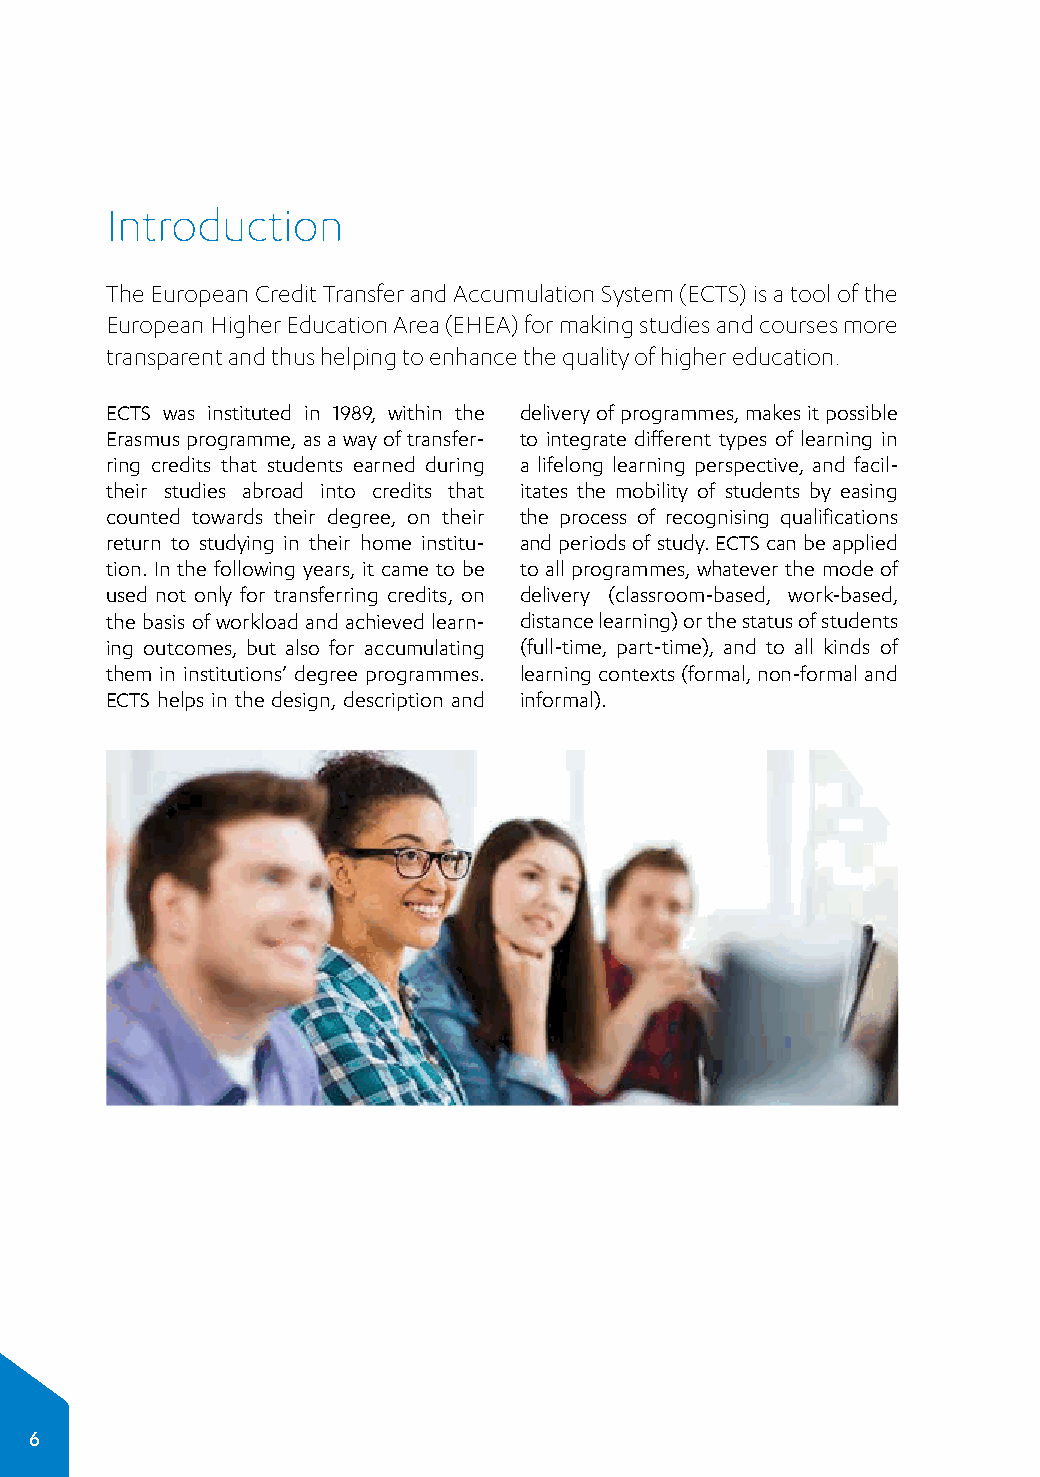
Introduction
 The European Credit Transfer and Accumulation System (ECTS) is a tool of the
 European Higher Education Area (EHEA) for making studies and courses more
 transparent and thus helping to enhance the quality of higher education.
 ECTS was instituted in 1989, within the delivery of programmes, makes it possible
 Erasmus programme, as a way of transfer­ to integrate different types of learning in
 ring credits that students earned during a lifelong learning perspective, and facil­
 their studies abroad into credits that itates the mobility of students by easing
 counted towards their degree, on their the process of recognising qualifications
 return to studying in their home institu­ and periods of study. ECTS can be applied
 tion. In the following years, it came to be to all programmes, whatever the mode of
 used not only for transferring credits, on delivery (classroom-based, work-based,
 the basis of workload and achieved learn­ distance learning) or the status of students
 ing outcomes, but also for accumulating (full-time, part-time), and to all kinds of
 them in institutions’ degree programmes. learning contexts (formal, non-formal and
 ECTS helps in the design, description and informal).
 6